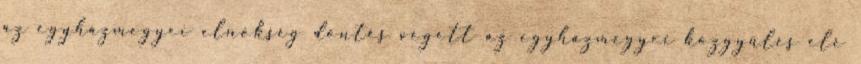
az egyházmegyei elnökség döntés végett az egyházmegyei közgyűlés elé